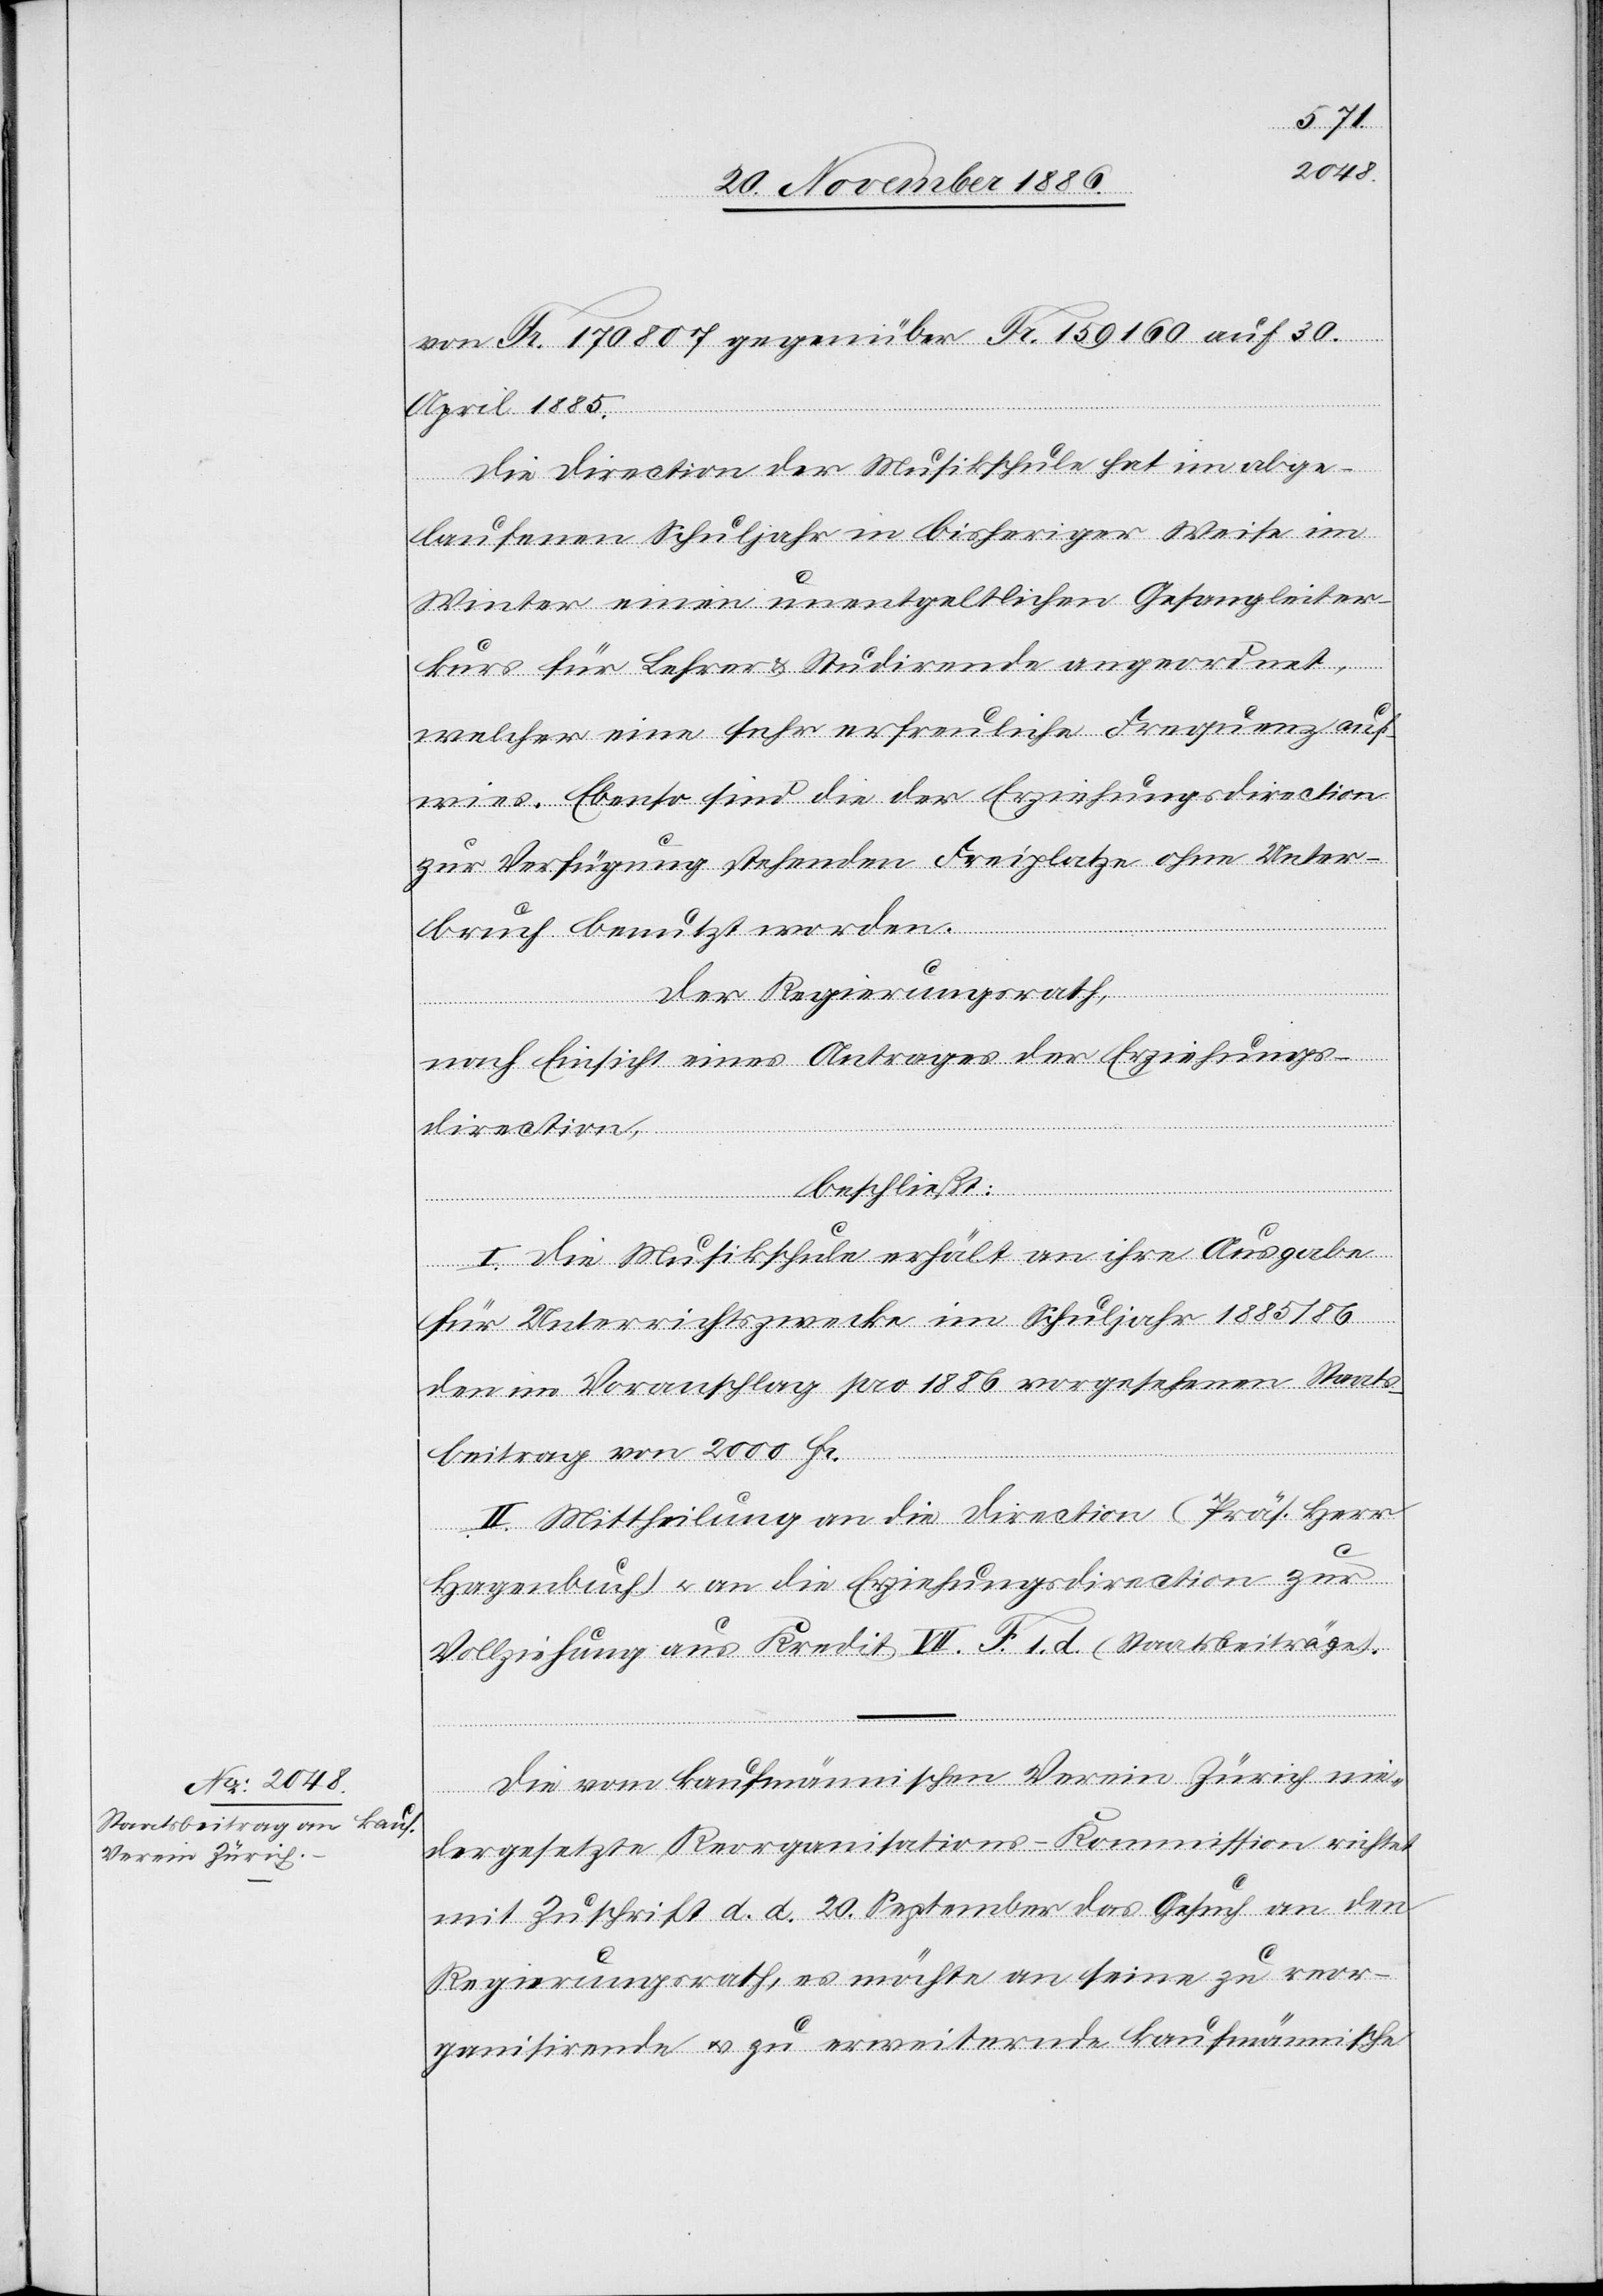
von Fr. 170 807 gegenüber Fr. 159 160 auf 30.
April 1885.
Die Direction der Musikschule hat im abge¬
laufenen Schuljahr in bisheriger Weise im
Winter einen unentgeltlichen Gesangleiter¬
kurs für Lehrer & Studirende angeordnet,
welcher eine sehr erfreuliche Frequenz auf¬
wies. Ebenso sind die der Erziehungsdirection
zur Verfügung stehenden Freiplatze [sic!] ohne Unter¬
bruch benutzt worden.
Der Regierungsrath,
nach Einsicht eines Antrages der Erziehungs¬
direction,
beschließt:
I. Die Musikschule erhält an ihre Ausgabe
für Unterrichtszwecke im Schuljahr 1885/86
den im Voranschlag pro 1886 vorgesehenen Staats¬
beitrag von 2000 Fr.
II. Mittheilung an die Direction (Präs. Herr
Hagenbuch) & an die Erziehungsdirection zur
Vollziehung aus Kredit VII. F. 1. d. (Staatsbeiträge).
Die vom kaufmännischen Verein Zürich nie¬
dergesetzte Reorganisations-Kommission richtet
mit Zuschrift d. d. 20. September das Gesuch an den
Regierungsrath, es möchte an seine zu reor¬
ganisirende & zu erweiternde kaufmännische